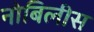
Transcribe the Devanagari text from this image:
नोबिलीस